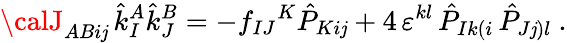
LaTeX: {\calJ}_{ABi\mathit{j}}\, \hat{{k}}_{I}^{A}\hat{{k}}_{J}^{B}=-f_{IJ}{}^{K}\hat{{P}}_{Ki\mathit{j}}+4\, \varepsilon^{kl}\, \hat{{P}}_{Ik(i}\, \hat{{P}}_{J\mathit{j})l}\ .